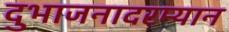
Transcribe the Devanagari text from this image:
दुभाजनादरम्यान